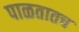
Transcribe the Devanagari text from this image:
पाळतातच